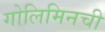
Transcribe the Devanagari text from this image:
गोलिमिनची